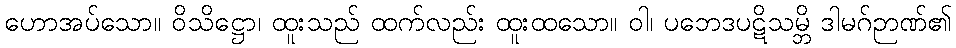
ဟောအပ်သော။ ဝိသိဋ္ဌော၊ ထူးသည် ထက်လည်း ထူးထသော။ ဝါ၊ ပဘေဒပဋိသမ္ဘိ ဒါမဂ်ဉာဏ်၏